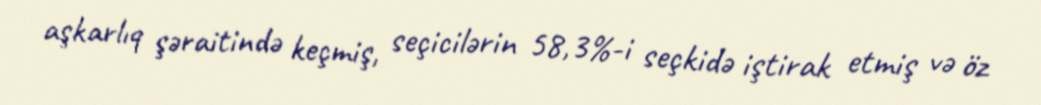
aşkarlıq şəraitində keçmiş, seçicilərin 58,3%-i seçkidə iştirak etmiş və öz